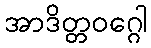
အာဒိတ္တဝဂ္ဂေါ